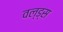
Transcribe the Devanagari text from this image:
वल्ड्स